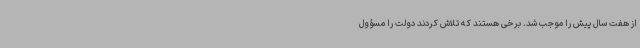
از هفت سال پیش را موجب شد. برخی هستند که تلاش کردند دولت را مسؤول